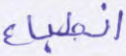
انطباع